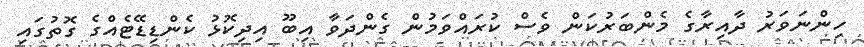
ހިންނަވަރު ދާއިރާގެ މެންބަރުކަން ވެސް ކުރައްވަމުން ގެންދަވާ އިބޫ އިދިކޮޅު ކެންޑިޑޭޓެއްގެ ގޮތުގައި